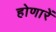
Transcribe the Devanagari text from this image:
होणारें